Report on vaccination in the Province of Bengal - 1874-1889
Year: 1874
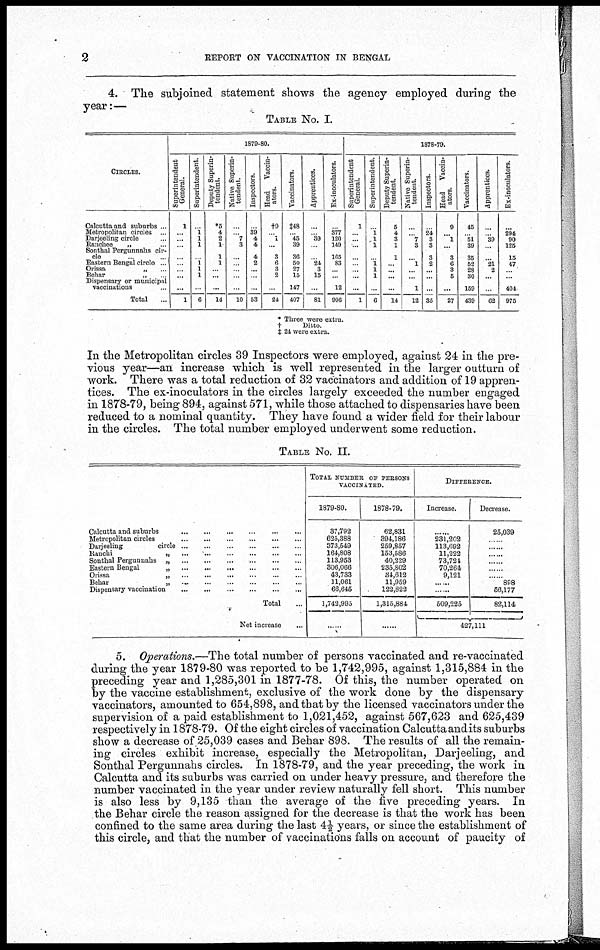
2
REPORT ON VACCINATION IN BENGAL
4. The subjoined statement shows the agency employed during the
year:—
TABLE NO. I.
CIRCLES.
Calcutta and suburbs ... ...
Metropolitan circles... ...
Darjeeling circle...
Ranchee
„ ...
Sonthal Pergunnahs cir-
cle
Eastern Bengal circle... ...
Orissa „
...
...
Behar
„ ... ...
Dispensary or municipal
vaccinations... ...
Total
...
1879-80.
Superintendent
General.
1
...
...
...
...
...
...
... ...
1
Superintendent.
...
1
1
1
...
1
1
1
...
6
Deputy Superin-
tendent.
*5
4
2
1
1
1
...
... ...
14
Native Superin-
tendent.
...
...
7
3
...
...
...
.. ...
10
Inspectors.
...
39
4
4
4
2
...
.
...
53
Head
Vaccin-
ators.
†9
...
1
...
3
6
3
2
...
24
Vaccinators.
‡48
...
45
39
36
50
27
15
147
407
Apprentices.
...
... 39
...
...
24
3
15
...
81
Ex-inoculators.
...
377
120
149
165
83
...
...
12
906
1878-79.
Superintendent
General.
1
...
...
...
...
. ...
...
...
1
Superintendent.
...
1
1
1
...
1
1
1
...
6
Deputy Superin-
tendent.
5
4
3
1
1
...
...
...
...
14
Native Superin-
tendent.
...
.. 7
3
...
1
...
...
1
12
Inspectors.
...
24
3
3
3
2
...
...
...
35
Head Vaccin-
ators.
9
...
1
...
3
6
3
5
...
27
Vaccinators.
45
...
51
39
35
52
28
30
159
439
Apprentices.
...
...
39
...
...
21
2
...
...
62
Ex-inoculators.
...
294
90
125
15
47
...
...
404
975
* Three were extra.
†
Ditto.
‡ 24 were extra.
In the Metropolitan circles 39 Inspectors were employed, against 24 in the pre-
vious year—an increase which is well represented in the larger outturn of
work. There was a total reduction of 32 vaccinators and addition of 19 appren-
tices. The ex-inoculators in the circles largely exceeded the number engaged
in 1878-79, being 894, against 571, while those attached to dispensaries have been
reduced to a nominal quantity. They have found a wider field for their labour
in the circles. The total number employed underwent some reduction.
TABLE NO. II.
Calcutta and
suburbs...
...
...
Metropolitan
circles...
...
...
Darjeeling
circle... ... ... ... ... ...
Ranchi „ ... ... ...... ...
Sonthal Pergunnahs „
...
...
...
...
...
Eastern Bengal
„
...
...
...
...
...
Orissa...
...
...
...
...
Behar
...
...
...
...
...
Dispensary
vaccination...
...
...
...
...
Total...
Net increase...
TOTAL NUMBER, OF PERSONS
VACCINATED.
1879-80.
87,792
625,388
373,549
164,808
113,953
306,066
43,733
11,061
66,645
1,742,995
......
1878-79.
62,831
394,186
259,857
153,586
40,229
235,802
34,612
11,959
122,822
1,315,884
......
DIFFERENCE.
Increase.
... ...
231,202
113,692
11,222
73,721
70,264
9,121
......
......
509,225
Decrease.
25,039
... ...
......
......
......
......
......
898
56,177
82,114
427,111
5. Operations.—The total number of persons vaccinated and re-vaccinated
during the year 1879-80 was reported to be 1,742,995, against 1,315,884 in the
preceding year and 1,285,301 in 1877-78. Of this, the number operated on
by the vaccine establishment, exclusive of the work done by the dispensary
vaccinators, amounted to 654,898, and that by the licensed vaccinators under the
supervision of a paid establishment to 1,021,452, against 567,623 and 625,439
respectively in 1878-79. Of the eight circles of vaccination Calcutta audits suburbs
show a decrease of 25,039 cases and Behar 898. The results of all the remain-
ing circles exhibit increase, especially the Metropolitan, Darjeeling, and
Sonthal Pergunnahs circles. In 1878-79, and the year preceding, the work in
Calcutta and its suburbs was carried on under heavy pressure, and therefore the
number vaccinated in the year under review naturally fell short. This number
is also less by 9,135 than the average of the five preceding years. In
the Behar circle the reason assigned for the decrease is that the work has been
confined to the same area during the last 4½ years, or since the establishment of
this circle, and that the number of vaccinations falls on account of paucity of